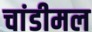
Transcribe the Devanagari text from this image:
चांडीमल